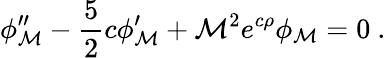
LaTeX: \phi_{\mathcal{M}}^{\prime\prime}-\frac{{5}}{{2}}c\phi_{\mathcal{M}}^{\prime}+\mathcal{M}^{2}e^{c\rho}\phi_{\mathcal{M}}=0~.